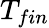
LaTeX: T_{fin}